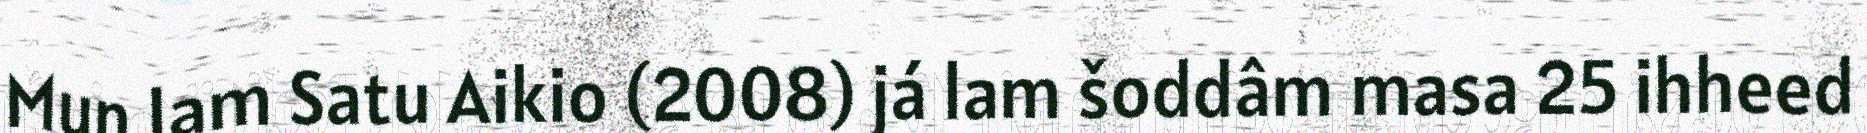
Mun lam Satu Aikio (2008) já lam šoddâm masa 25 ihheed